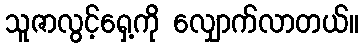
သူဇာလွင့်ရှေ့ကို လျှောက်လာတယ်။